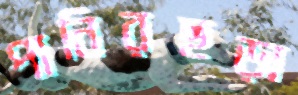
পানিরছড়া